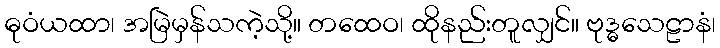
ဓုဝံယထာ၊ အမြဲမှန်သကဲ့သို့။ တထေဝ၊ ထိုနည်းတူလျှင်။ ဗုဒ္ဓသေဠာနံ၊